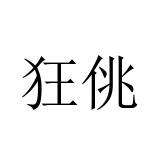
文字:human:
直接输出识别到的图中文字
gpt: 狂佻